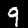
Digit: 9